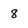
Character: 8